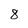
Character: 8